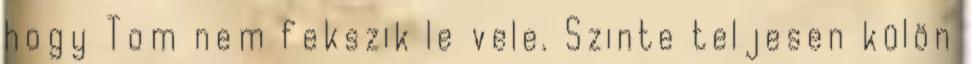
hogy Tom nem fekszik le vele. Szinte teljesen külön